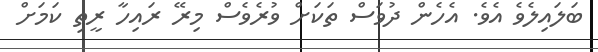
ބަލައިލެވެ އެވެ. އެހެން ދުވަސް ތަކަށް ވުރެވެސް މިރޭ ރައިހާ ރީތި ކަމަށް